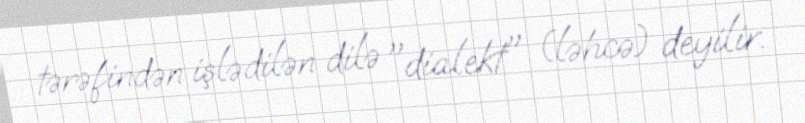
tərəfindən işlədilən dilə "dialekt" (ləhcə) deyilir.